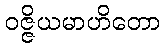
ဝဇ္ဇိယမာဟိတော